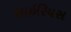
સાઇરિયસ